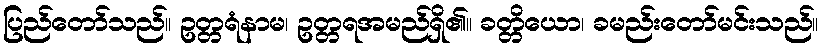
ပြည်တော်သည်။ ဥတ္တရံနာမ၊ ဥတ္တရအမည်ရှိ၏။ ခတ္တိယော၊ ခမည်းတော်မင်းသည်။